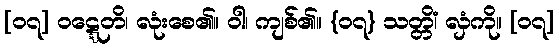
[၀၇] ဝဋ္ဋေတိ၊ လုံးစေ၏။ ဝါ၊ ကျစ်၏။ {၀၇} သတ္တိံ၊ လှံကို။ [၀၇]